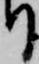
り